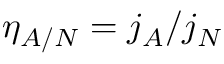
\eta _ { A / N } = j _ { A } / j _ { N }